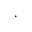
\cdot